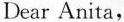
Dear Anita，